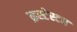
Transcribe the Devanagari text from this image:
क्रस्टेस्टन